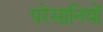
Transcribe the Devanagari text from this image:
परेसानियों